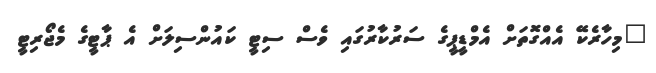
"މިހާރެކޭ އެއްގޮތަށް އެމްޑީޕީގެ ސަރުކާރުގައި ވެސް ސިޓީ ކައުންސިލަށް އެ ޕާޓީގެ މެޖޯރިޓީ